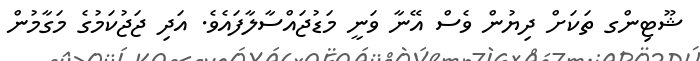
ޝޫޓިންގ ތަކަށް ދިޔުން ވެސް އޭނާ ވަނީ މަޑުޖައްސާލާފައެވެ. އަދި ޖަޖުކަމުގެ މަގާމުން